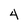
Character: 4